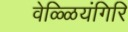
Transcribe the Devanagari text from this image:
वेळ्ळियंगिरि